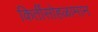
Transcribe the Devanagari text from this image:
किर्तीसोहळामान